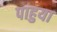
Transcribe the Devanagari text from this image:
पाहुया